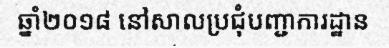
ឆ្នាំ២០១៨ នៅសាលប្រជុំបញ្ជាការដ្ឋាន